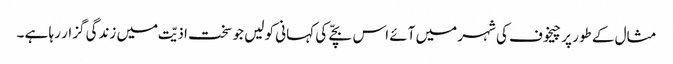
مثال کے طور پر چیخوف کی شہر میں آئے اس بچّے کی کہانی کو لیں جو سخت اذیّت میں زندگی گزار رہا ہے ۔